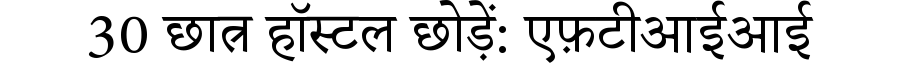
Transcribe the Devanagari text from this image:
30 छात्र हॉस्टल छोड़ें: एफ़टीआईआई